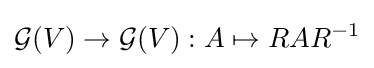
{\mathcal {G}}(V)\to {\mathcal {G}}(V):A\mapsto RAR^{-1}